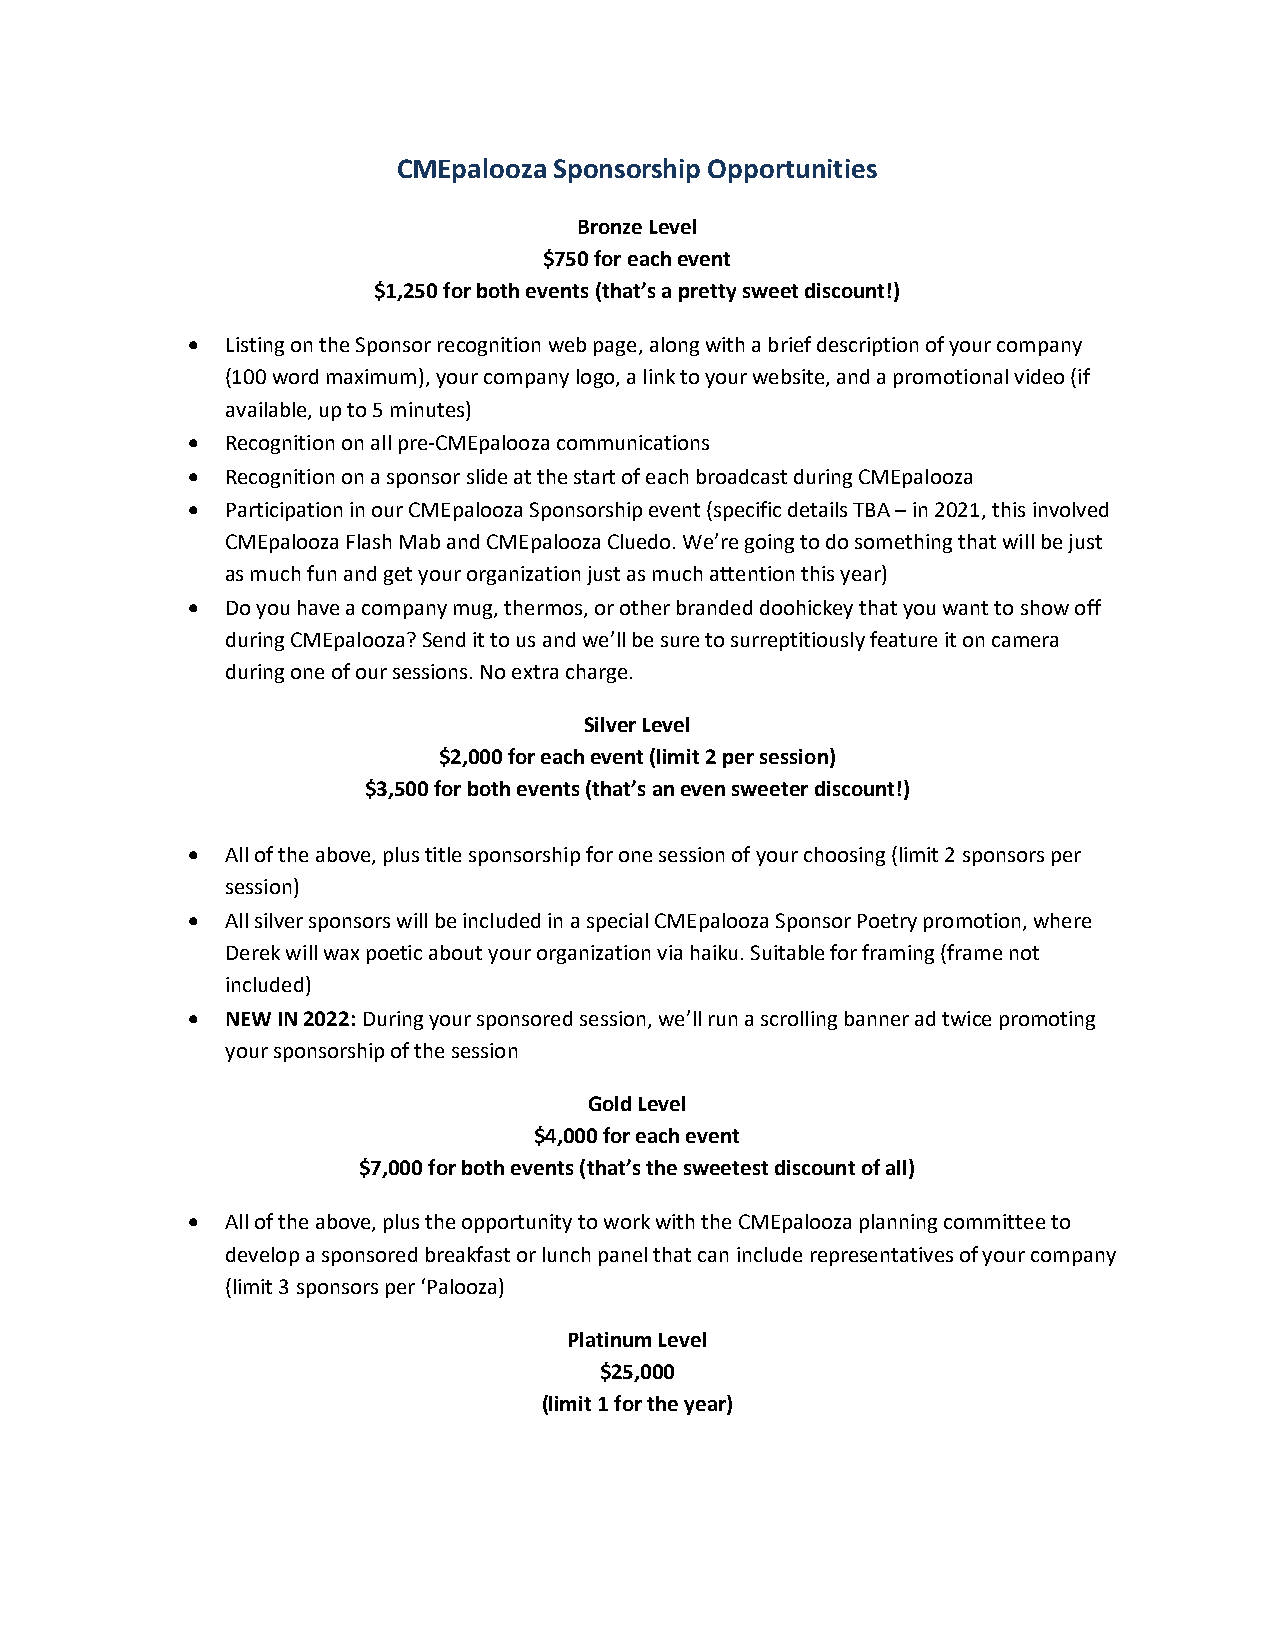
CMEpalooza Sponsorship Opportunities
 Bronze Level
 $750 for each event
 $1,250 for both events (that’s a pretty sweet discount!)
   Listing on the Sponsor recognition web page, along with a brief description of your company
 (100 word maximum), your company logo, a link to your website, and a promotional video (if
 available, up to 5 minutes)
   Recognition on all pre-CMEpalooza communications
   Recognition on a sponsor slide at the start of each broadcast during CMEpalooza
   Participation in our CMEpalooza Sponsorship event (specific details TBA – in 2021, this involved
 CMEpalooza Flash Mab and CMEpalooza Cluedo. We’re going to do something that will be just
 as much fun and get your organization just as much attention this year)
   Do you have a company mug, thermos, or other branded doohickey that you want to show off
 during CMEpalooza? Send it to us and we’ll be sure to surreptitiously feature it on camera
 during one of our sessions. No extra charge.
 Silver Level
 $2,000 for each event (limit 2 per session)
 $3,500 for both events (that’s an even sweeter discount!)
   All of the above, plus title sponsorship for one session of your choosing (limit 2 sponsors per
 session)
   All silver sponsors will be included in a special CMEpalooza Sponsor Poetry promotion, where
 Derek will wax poetic about your organization via haiku. Suitable for framing (frame not
 included)
   NEW IN 2022: During your sponsored session, we’ll run a scrolling banner ad twice promoting
 your sponsorship of the session
 Gold Level
 $4,000 for each event
 $7,000 for both events (that’s the sweetest discount of all)
   All of the above, plus the opportunity to work with the CMEpalooza planning committee to
 develop a sponsored breakfast or lunch panel that can include representatives of your company
 (limit 3 sponsors per ‘Palooza)
 Platinum Level
 $25,000
 (limit 1 for the year)